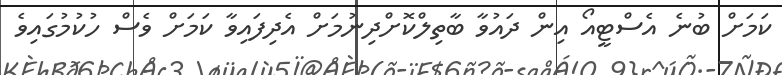
ކަމަށް ބުނެ އެސްޓީއޯ އިން ދައުވާ ބާތިލްކޮށްދިނުމަށް އެދިފައިވާ ކަމަށް ވެސް ހުކުމުގައިވެ